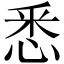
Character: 悉